Report of the Indian Hemp Drugs Commission, 1894-1895 - Volume II
Year: 1894
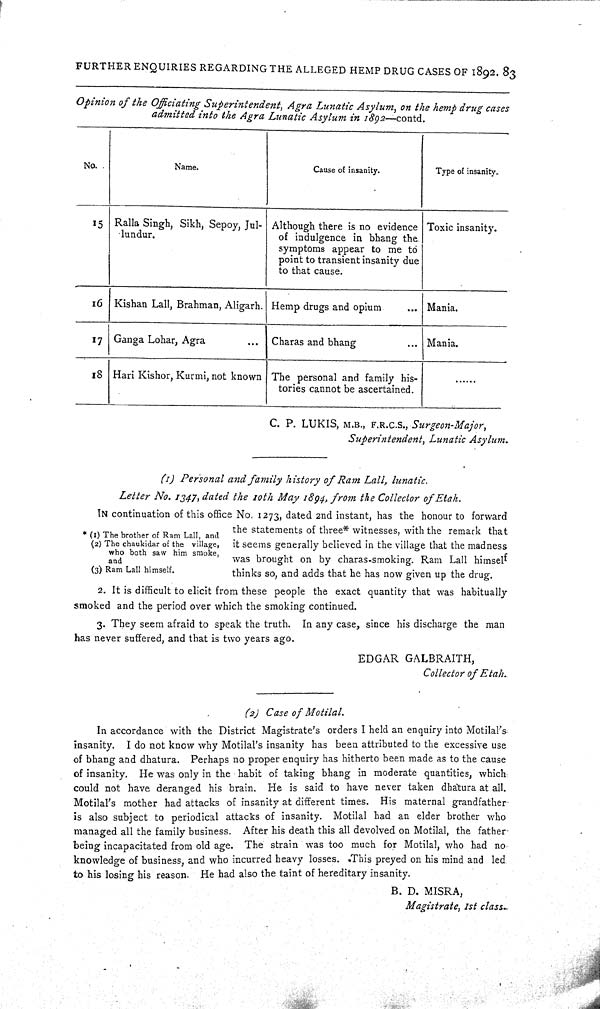
FURTHER ENQUIRIES REGARDING THE ALLEGED HEMP DRUG CASES OF 1892. 83
Opinion of the Officiating Superintendent, Agra Lunatic Asylum, on the hemp drug cases
admitted into the Agra Lunatic Asylum in 1892—contd.
No.
Name.
Cause of insanity.
Type of insanity.
15 Ralla Singh, Sikh, Sepoy, Jul-
lundur.
Although there is no evidence
of indulgence in bhang the
symptoms appear to me to
point to transient insanity due
to that cause.
Toxic insanity.
16 Kishan Lall, Brahman, Aligarh. Hemp drugs and opium
Mania.
17 Ganga Lohar, Agra
Charas and bhang
Mania.
18 Hari Kishor, Kurmi, not known The personal and family his-
tories cannot be ascertained.
C. P. LUKIS, M.B., F.R.C.S., Surgeon-Major,
Superintendent, Lunatic Asylum.
* (1) The brother of Ram Lall, and
(2) The chaukidar of the village,
who both saw him smoke,
and
(3) Ram Lall himself.
(1) Personal and family history of Ram Lall, lunatic.
Letter No. 1347, dated the 10th May 1894, from the Collector of Etah.
IN continuation of this office No. 1273, dated 2nd instant, has the honour to forward
the statements of three* witnesses, with the remark that
it seems generally believed in the village that the madness
was brought on by charas-smoking. Ram Lall himself
thinks so, and adds that he has now given up the drug.
2. It is difficult to elicit from these people the exact quantity that was habitually
smoked and the period over which the smoking continued.
3. They seem afraid to speak the truth. In any case, since his discharge the man
has never suffered, and that is two years ago.
EDGAR GALBRAITH,
Collector of Etah.
(2) Case of Motilal.
In accordance with the District Magistrate's orders I held an enquiry into Motilal's
insanity. I do not know why Motilal's insanity has been attributed to the excessive use
of bhang and dhatura. Perhaps no proper enquiry has hitherto been made as to the cause
of insanity. He was only in the habit of taking bhang in moderate quantities, which
could not have deranged his brain. He is said to have never taken dhatura at all.
Motilal's mother had attacks of insanity at different times. His maternal grandfather
is also subject to periodical attacks of insanity. Motilal had an elder brother who
managed all the family business. After his death this all devolved on Motilal, the father
being incapacitated from old age. The strain was too much for Motilal, who had no
knowledge of business, and who incurred heavy losses. This preyed on his mind and led
to his losing his reason. He bad also the taint of hereditary insanity.
B. D. MISRA,
Magistrate, 1st class.